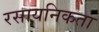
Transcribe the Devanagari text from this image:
रसायनिकता